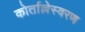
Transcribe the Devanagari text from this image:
कोर्ताल्लेस्वरण